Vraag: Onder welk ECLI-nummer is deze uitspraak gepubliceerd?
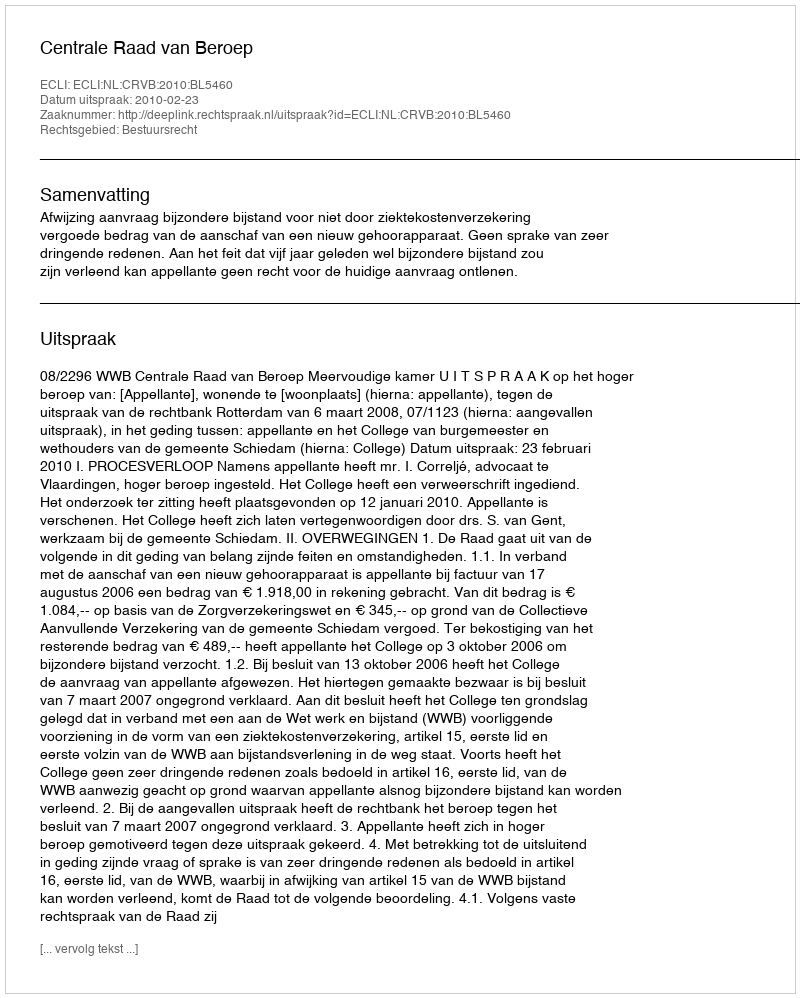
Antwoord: ECLI:NL:CRVB:2010:BL5460